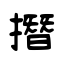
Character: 撍